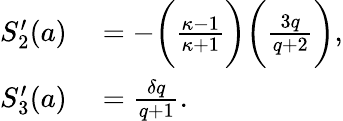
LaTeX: \begin{array}{rl}{S_{2}^{\prime}(a)}&{{}=-\bigg(\frac{\kappa-1}{\kappa+1}\bigg)\bigg(\frac{3q}{q+2}\bigg),}\\ {S_{3}^{\prime}(a)}&{{}=\frac{\delta q}{q+1}.}\end{array}